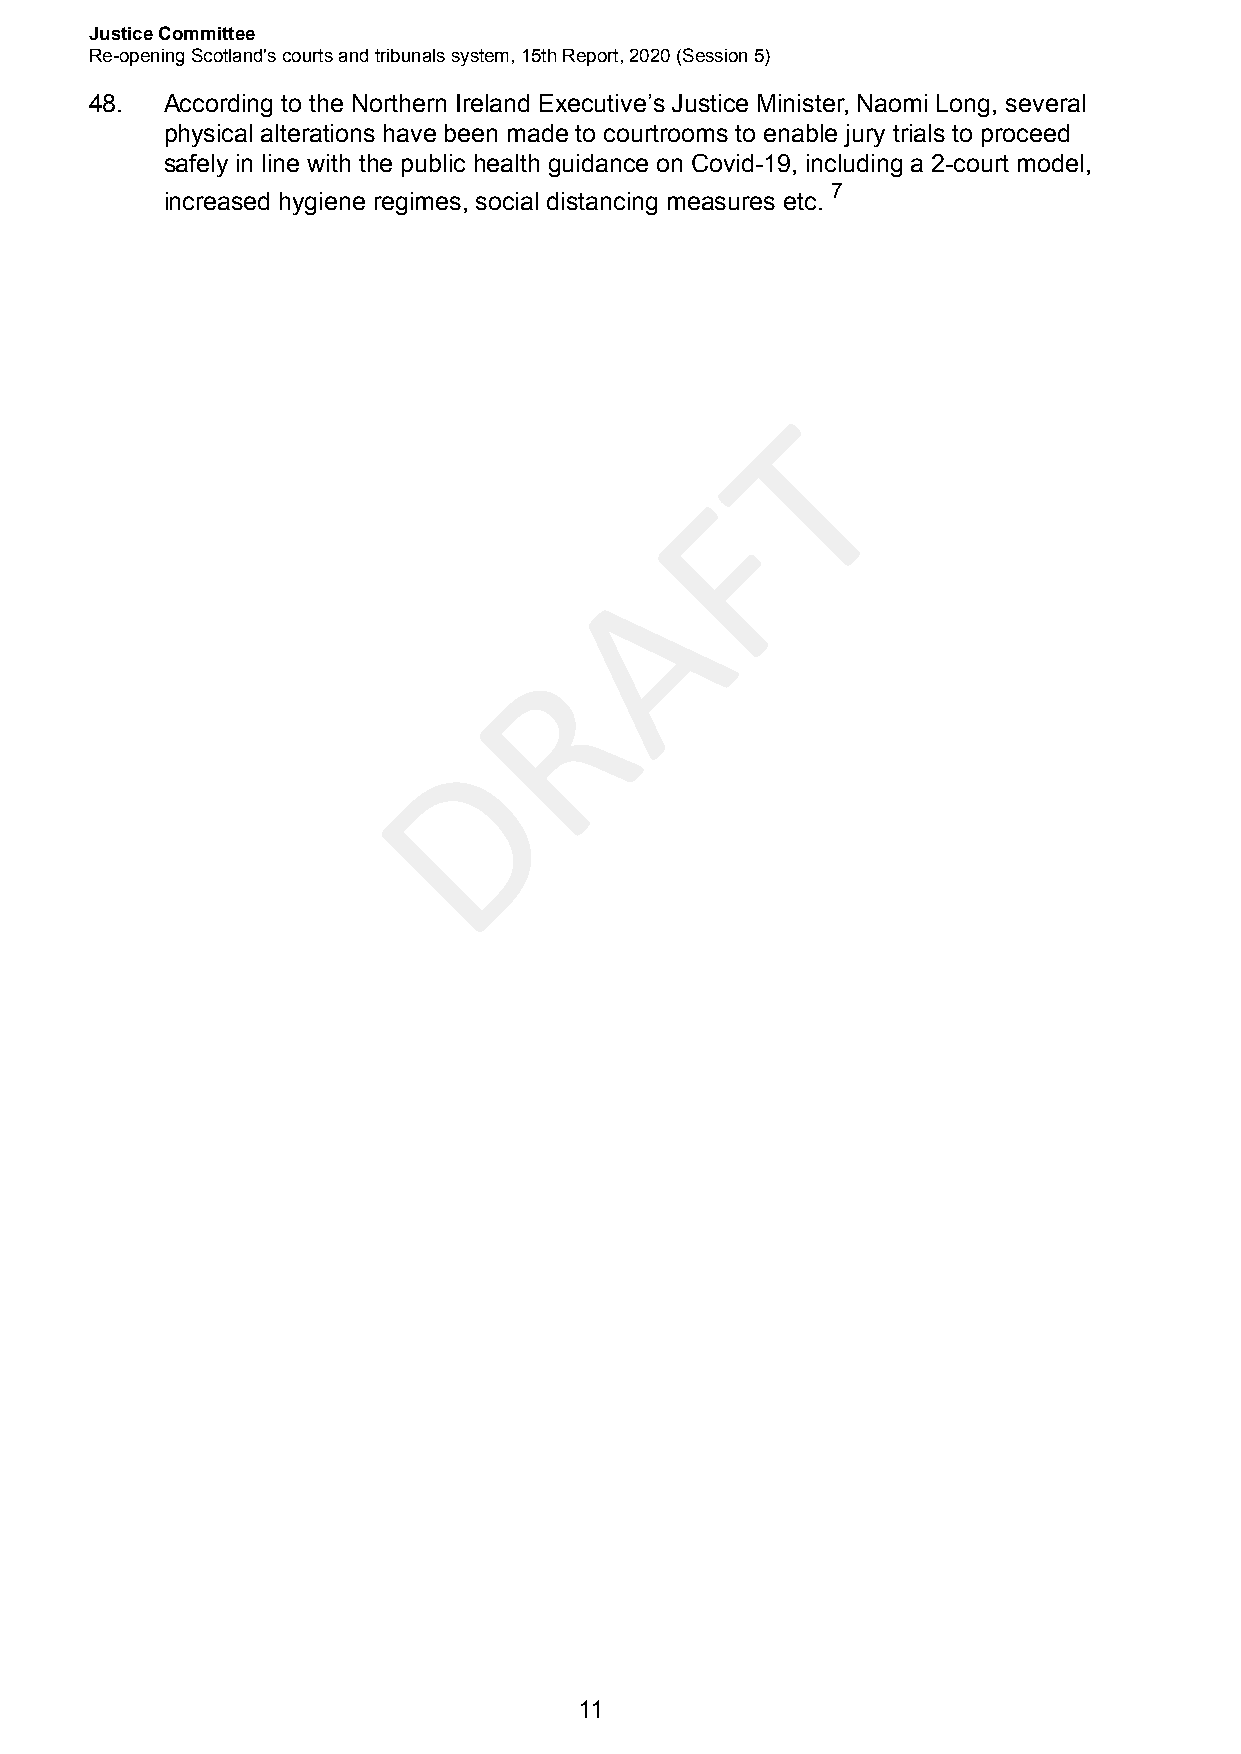
Justice Committee
 Re-opening Scotland's courts and tribunals system, 15th Report, 2020 (Session 5)
 48.  According to the Northern Ireland Executive’s Justice Minister, Naomi Long, several
 physical alterations have been made to courtrooms to enable jury trials to proceed
 safely in line with the public health guidance on Covid-19, including a 2-court model,
 7
 increased hygiene regimes, social distancing measures etc.
 T
 F
 A
 R
 D
 11